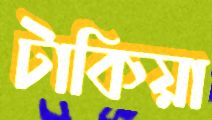
টাকিয়া